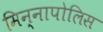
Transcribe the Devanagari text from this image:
मिन्नापोलिस